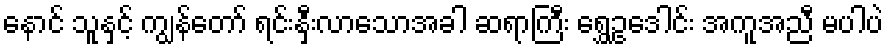
နောင် သူနှင့် ကျွန်တော် ရင်းနှီးလာသောအခါ ဆရာကြီး ရွှေဥဒေါင်း အကူအညီ မပါပဲ